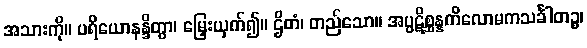
အသားကို။ ပရိယောနန္ဒိတွာ၊ မြှေးယှက်၍။ ဌိတံ၊ တည်သော။ အပ္ပဋိစ္ဆန္နကိလောမကသင်္ခါတဉ္စ၊